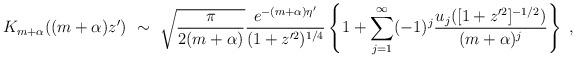
LaTeX: \begin{align*}K_{m+\alpha}((m+\alpha)z')\ \sim\ \sqrt{\frac{\pi}{2(m+\alpha)}}\frac{e^{-(m+\alpha)\eta '}}{(1+z'^2)^{1/4}}\left\{ 1+\sum_{j=1}^{\infty}(-1)^j \frac{ u_j([1+z'^2]^{-1/2})}{(m+\alpha)^j}\right\}\ ,\end{align*}